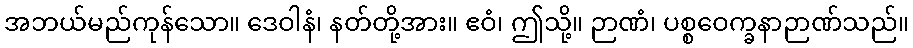
အဘယ်မည်ကုန်သော။ ဒေဝါနံ၊ နတ်တို့အား။ ဧဝံ၊ ဤသို့။ ဉာဏံ၊ ပစ္စဝေက္ခနာဉာဏ်သည်။